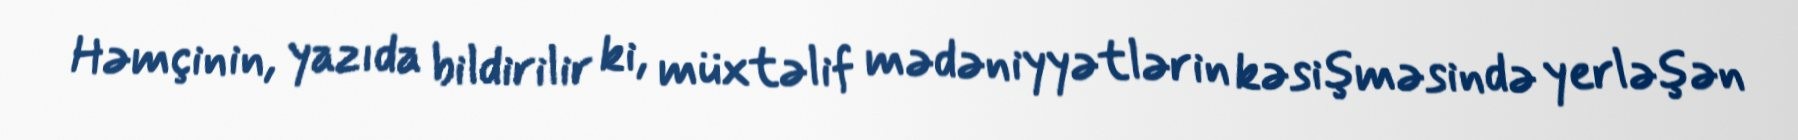
Həmçinin, yazıda bildirilir ki, müxtəlif mədəniyyətlərin kəsişməsində yerləşən